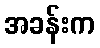
အခန်းက